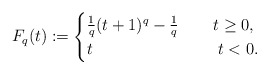
\begin{align*}F_{q}(t):=\begin{cases}\frac{1}{q}(t+1)^{q}-\frac{1}{q}&\;\;\;\;t\geq 0,\\ t&\;\;\;\;\;t<0. \end{cases}\end{align*}